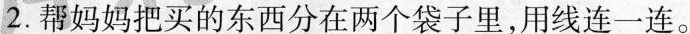
2.帮妈妈把买的东西分在两个袋子里，用线连一连。